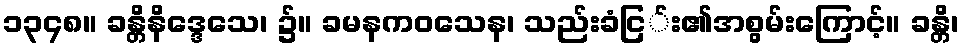
၁၃၄၈။ ခန္တိနိဒ္ဒေသေ၊ ၌။ ခမနကဝသေန၊ သည်းခံငြ်း၏အစွမ်းကြောင့်။ ခန္တိ၊